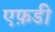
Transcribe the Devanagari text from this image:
एफ़डी